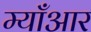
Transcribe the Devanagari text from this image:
म्याँआर